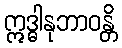
ဣဒ္ဓါနုဘာဝန္တိ